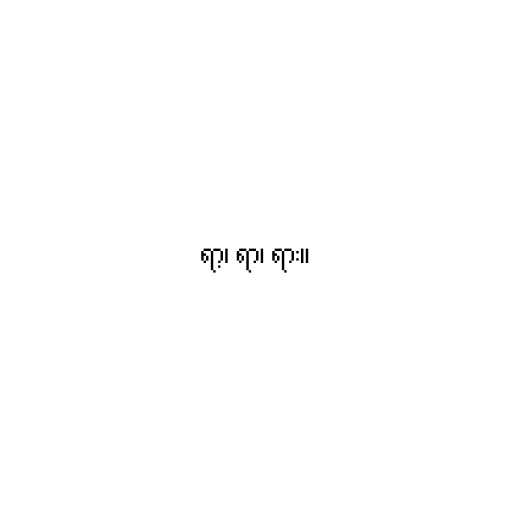
ရာ့၊ ရာ၊ ရား။